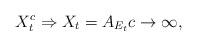
LaTeX: \begin{align*}X_{t}^{c}\Rightarrow X_{t}=A_{E_{t}}c\rightarrow\infty,\end{align*}